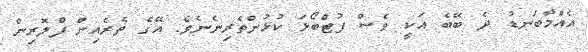
އެއްމާބަނޑު ދެ ބޭބެ އަކީ ވެސް ފުޓްބޯޅަ ކުޅުންތެރިނެނެވެ. އޭގެ ތެރެއިން ފްލޮރިން